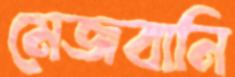
মেজবানি